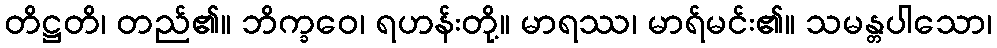
တိဋ္ဌတိ၊ တည်၏။ ဘိက္ခဝေ၊ ရဟန်းတို့။ မာရဿ၊ မာရ်မင်း၏။ သမန္တပါသော၊